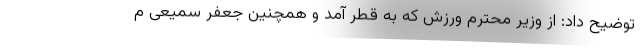
توضیح داد: از وزیر محترم ورزش که به قطر آمد و همچنین جعفر سمیعی م